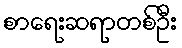
စာရေးဆရာတစ်ဦး